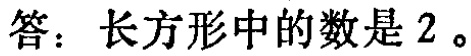
答：长方形中的数是 \(2\)。